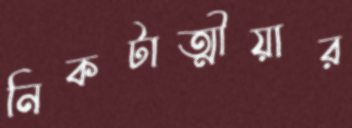
নিকটাত্মীয়ার